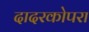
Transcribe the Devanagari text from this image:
दादरकोपरा